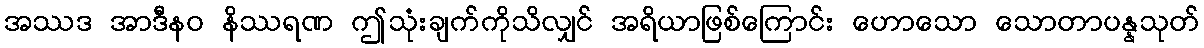
အဿဒ အာဒီနဝ နိဿရဏ ဤသုံးချက်ကိုသိလျှင် အရိယာဖြစ်ကြောင်း ဟောသော သောတာပန္နသုတ်